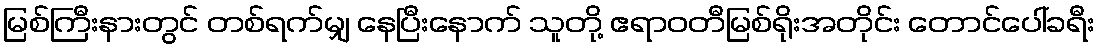
မြစ်ကြီးနားတွင် တစ်ရက်မျှ နေပြီးနောက် သူတို့ ဧရာဝတီမြစ်ရိုးအတိုင်း တောင်ပေါ်ခရီး